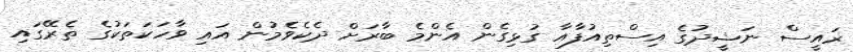
ރައީސް ނަޝީދުގެ އިސްތިއުފާއާ ގުޅިގެން އެންމެ ބާރަށް ދެކެވެމުން އައި ވާހަކަތަކުގެ ތެރޭގައި